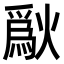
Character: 𤏜